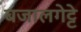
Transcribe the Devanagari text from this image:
बजालगेट्टे